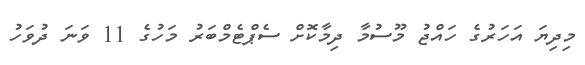
މިދިޔަ އަހަރުގެ ހައްޖު މޫސުމާ ދިމާކޮށް ސެޕްޓެމްބަރު މަހުގެ 11 ވަނަ ދުވަހު